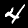
Digit: 4